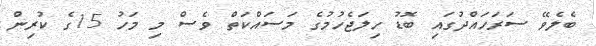
ބެލެވޭ ސަރަހައްދުގައި ބޮޑު ހިލަޖެހުމުގެ މަސައްކަތް ވެސް މި މަހު 15ގެ ކުރިން